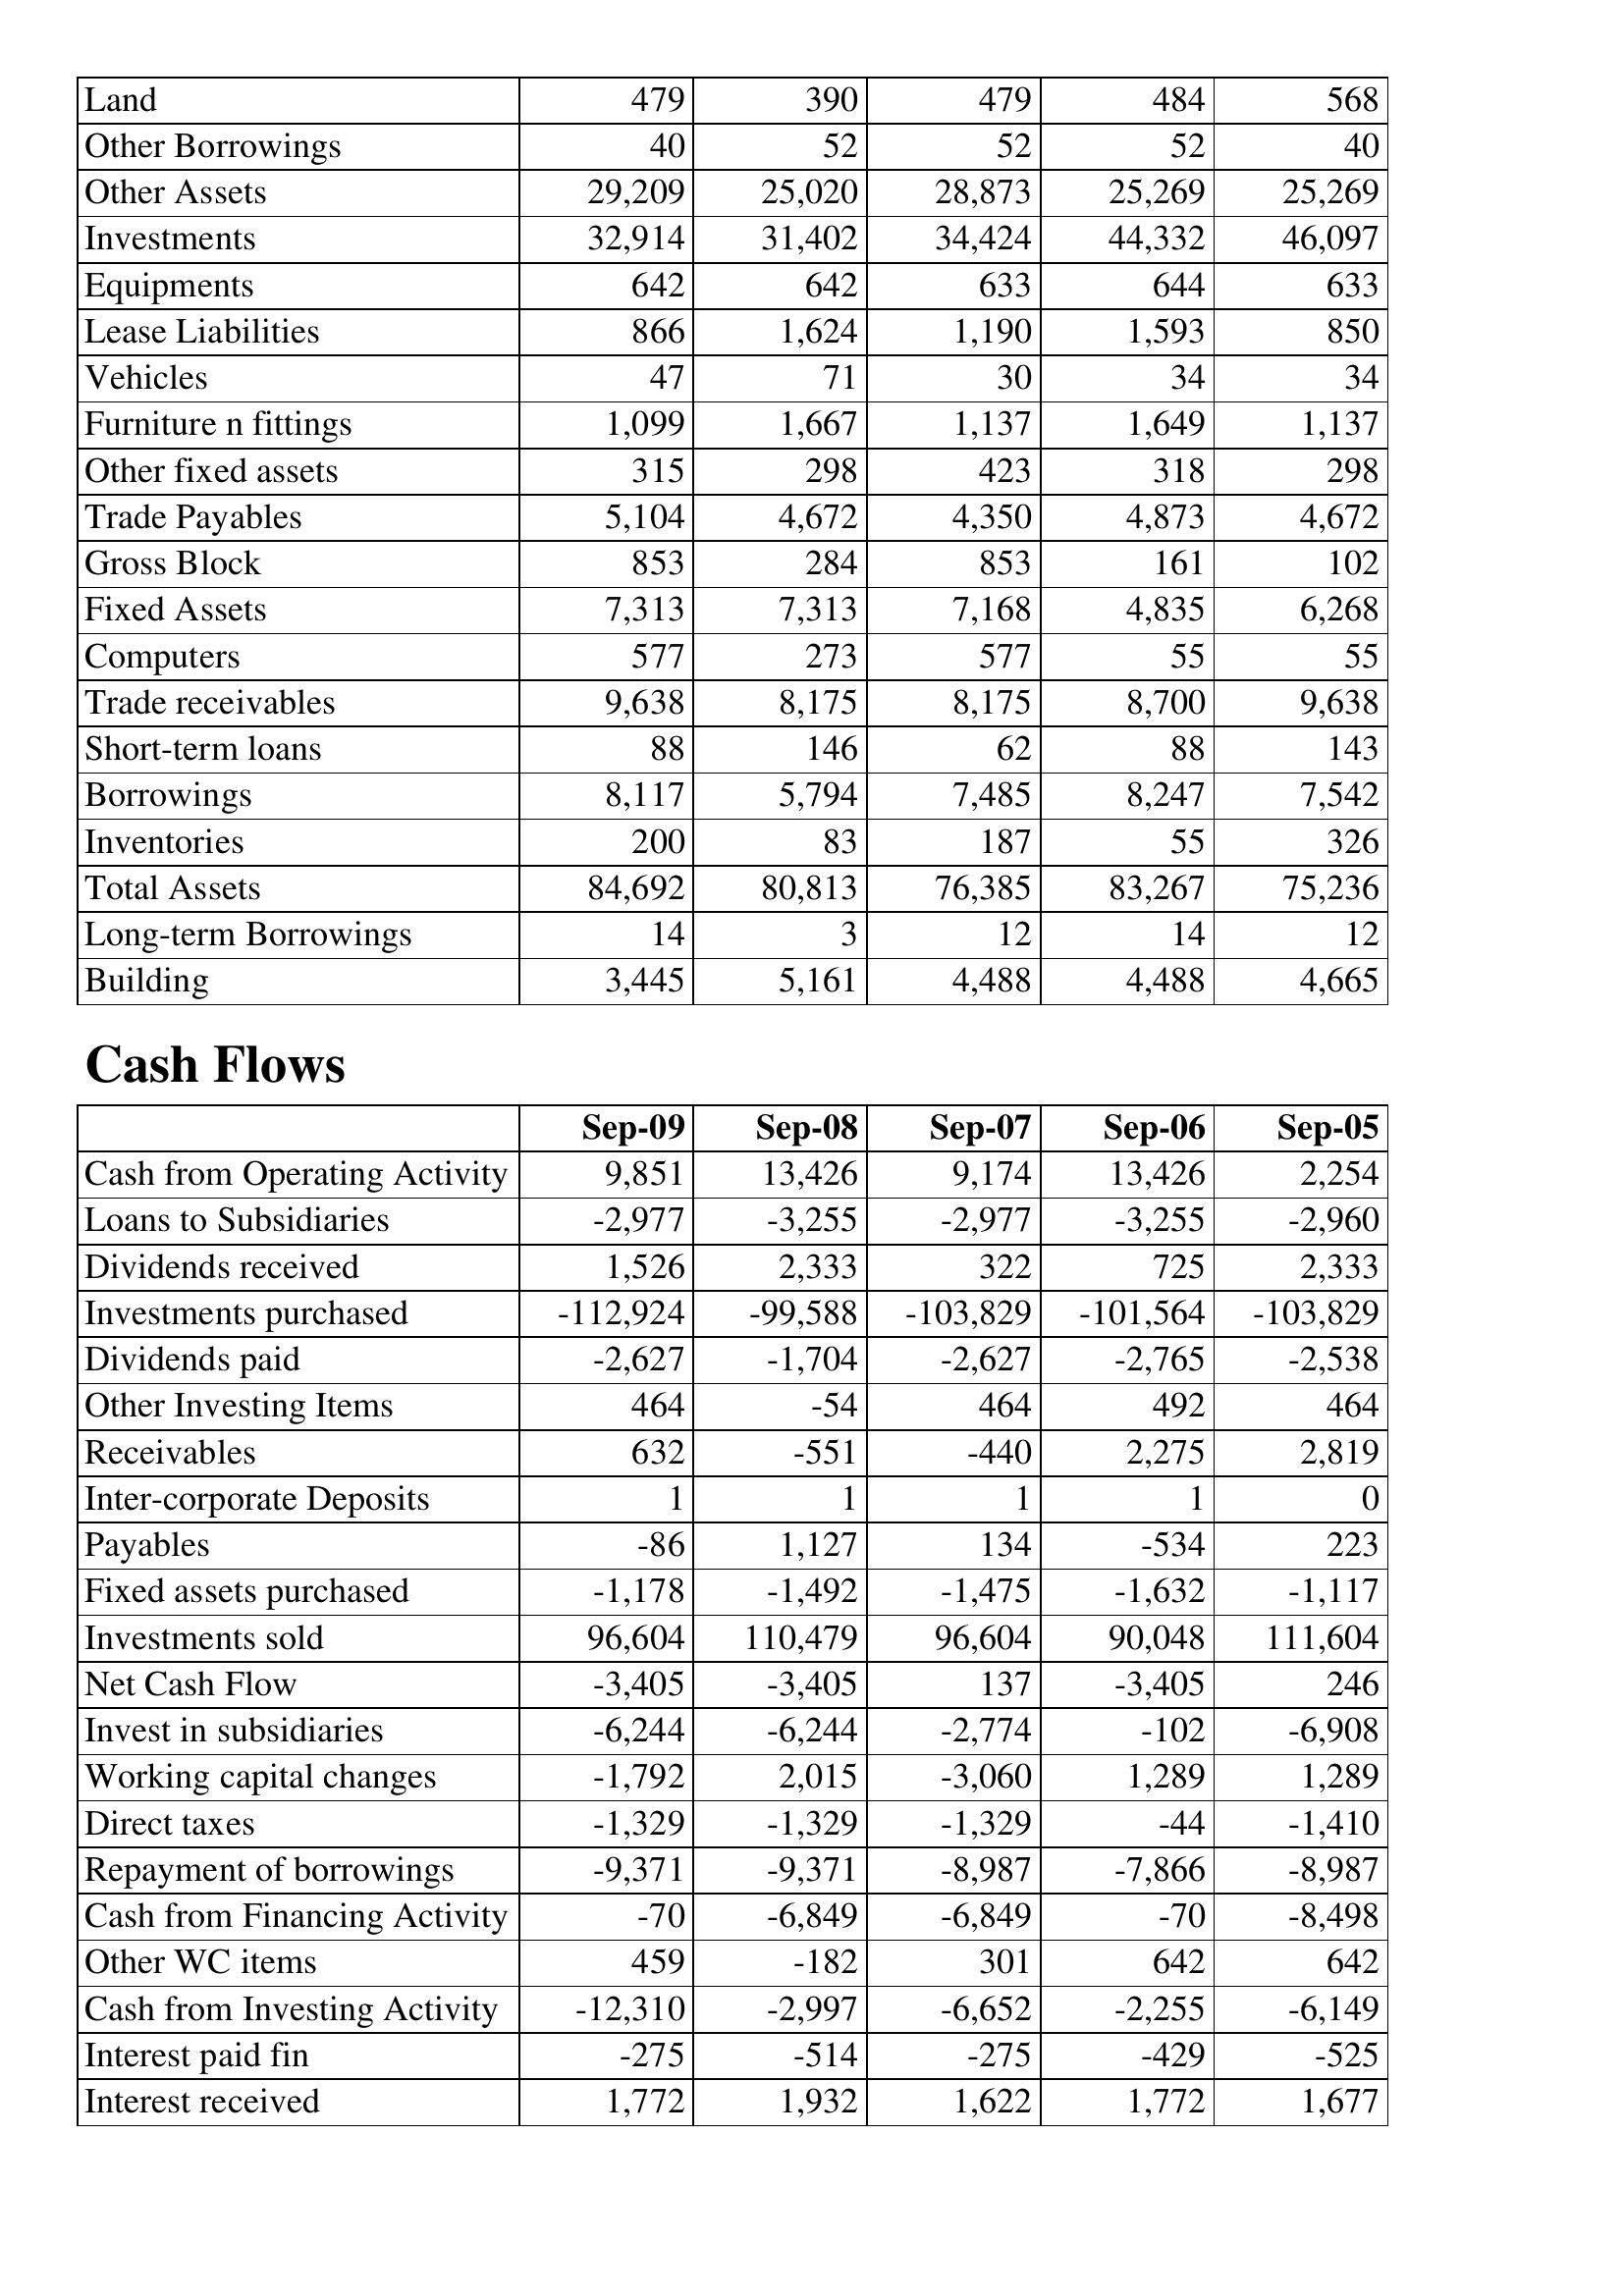
Sep-09: Balance Sheet: Land: 479
Other Borrowings: 40
Other Assets: 29,209
Investments: 32,914
Equipments: 642
Lease Liabilities: 866
Vehicles: 47
Furniture n fittings: 1,099
Other fixed assets: 315
Trade Payables: 5,104
Gross Block: 853
Fixed Assets: 7,313
Computers: 577
Trade receivables: 9,638
Short-term loans: 88
Borrowings: 8,117
Inventories: 200
Total Assets: 84,692
Long-term Borrowings: 14
Building: 3,445
Cash Flows: Cash from Operating Activity: 9,851
Loans to Subsidiaries: -2,977
Dividends received: 1,526
Investments purchased: -112,924
Dividends paid: -2,627
Other Investing Items: 464
Receivables: 632
Inter-corporate Deposits: 1
Payables: -86
Fixed assets purchased: -1,178
Investments sold: 96,604
Net Cash Flow: -3,405
Invest in subsidiaries: -6,244
Working capital changes: -1,792
Direct taxes: -1,329
Repayment of borrowings: -9,371
Cash from Financing Activity: -70
Other WC items: 459
Cash from Investing Activity: -12,310
Interest paid fin: -275
Interest received: 1,772
Sep-08: Balance Sheet: Land: 390
Other Borrowings: 52
Other Assets: 25,020
Investments: 31,402
Equipments: 642
Lease Liabilities: 1,624
Vehicles: 71
Furniture n fittings: 1,667
Other fixed assets: 298
Trade Payables: 4,672
Gross Block: 284
Fixed Assets: 7,313
Computers: 273
Trade receivables: 8,175
Short-term loans: 146
Borrowings: 5,794
Inventories: 83
Total Assets: 80,813
Long-term Borrowings: 3
Building: 5,161
Cash Flows: Cash from Operating Activity: 13,426
Loans to Subsidiaries: -3,255
Dividends received: 2,333
Investments purchased: -99,588
Dividends paid: -1,704
Other Investing Items: -54
Receivables: -551
Inter-corporate Deposits: 1
Payables: 1,127
Fixed assets purchased: -1,492
Investments sold: 110,479
Net Cash Flow: -3,405
Invest in subsidiaries: -6,244
Working capital changes: 2,015
Direct taxes: -1,329
Repayment of borrowings: -9,371
Cash from Financing Activity: -6,849
Other WC items: -182
Cash from Investing Activity: -2,997
Interest paid fin: -514
Interest received: 1,932
Sep-07: Balance Sheet: Land: 479
Other Borrowings: 52
Other Assets: 28,873
Investments: 34,424
Equipments: 633
Lease Liabilities: 1,190
Vehicles: 30
Furniture n fittings: 1,137
Other fixed assets: 423
Trade Payables: 4,350
Gross Block: 853
Fixed Assets: 7,168
Computers: 577
Trade receivables: 8,175
Short-term loans: 62
Borrowings: 7,485
Inventories: 187
Total Assets: 76,385
Long-term Borrowings: 12
Building: 4,488
Cash Flows: Cash from Operating Activity: 9,174
Loans to Subsidiaries: -2,977
Dividends received: 322
Investments purchased: -103,829
Dividends paid: -2,627
Other Investing Items: 464
Receivables: -440
Inter-corporate Deposits: 1
Payables: 134
Fixed assets purchased: -1,475
Investments sold: 96,604
Net Cash Flow: 137
Invest in subsidiaries: -2,774
Working capital changes: -3,060
Direct taxes: -1,329
Repayment of borrowings: -8,987
Cash from Financing Activity: -6,849
Other WC items: 301
Cash from Investing Activity: -6,652
Interest paid fin: -275
Interest received: 1,622
Sep-06: Balance Sheet: Land: 484
Other Borrowings: 52
Other Assets: 25,269
Investments: 44,332
Equipments: 644
Lease Liabilities: 1,593
Vehicles: 34
Furniture n fittings: 1,649
Other fixed assets: 318
Trade Payables: 4,873
Gross Block: 161
Fixed Assets: 4,835
Computers: 55
Trade receivables: 8,700
Short-term loans: 88
Borrowings: 8,247
Inventories: 55
Total Assets: 83,267
Long-term Borrowings: 14
Building: 4,488
Cash Flows: Cash from Operating Activity: 13,426
Loans to Subsidiaries: -3,255
Dividends received: 725
Investments purchased: -101,564
Dividends paid: -2,765
Other Investing Items: 492
Receivables: 2,275
Inter-corporate Deposits: 1
Payables: -534
Fixed assets purchased: -1,632
Investments sold: 90,048
Net Cash Flow: -3,405
Invest in subsidiaries: -102
Working capital changes: 1,289
Direct taxes: -44
Repayment of borrowings: -7,866
Cash from Financing Activity: -70
Other WC items: 642
Cash from Investing Activity: -2,255
Interest paid fin: -429
Interest received: 1,772
Sep-05: Balance Sheet: Land: 568
Other Borrowings: 40
Other Assets: 25,269
Investments: 46,097
Equipments: 633
Lease Liabilities: 850
Vehicles: 34
Furniture n fittings: 1,137
Other fixed assets: 298
Trade Payables: 4,672
Gross Block: 102
Fixed Assets: 6,268
Computers: 55
Trade receivables: 9,638
Short-term loans: 143
Borrowings: 7,542
Inventories: 326
Total Assets: 75,236
Long-term Borrowings: 12
Building: 4,665
Cash Flows: Cash from Operating Activity: 2,254
Loans to Subsidiaries: -2,960
Dividends received: 2,333
Investments purchased: -103,829
Dividends paid: -2,538
Other Investing Items: 464
Receivables: 2,819
Inter-corporate Deposits: 0
Payables: 223
Fixed assets purchased: -1,117
Investments sold: 111,604
Net Cash Flow: 246
Invest in subsidiaries: -6,908
Working capital changes: 1,289
Direct taxes: -1,410
Repayment of borrowings: -8,987
Cash from Financing Activity: -8,498
Other WC items: 642
Cash from Investing Activity: -6,149
Interest paid fin: -525
Interest received: 1,677